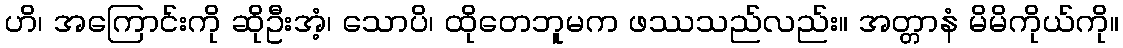
ဟိ၊ အကြောင်းကို ဆိုဦးအံ့၊ သောပိ၊ ထိုတေဘူမက ဖဿသည်လည်း။ အတ္တာနံ မိမိကိုယ်ကို။